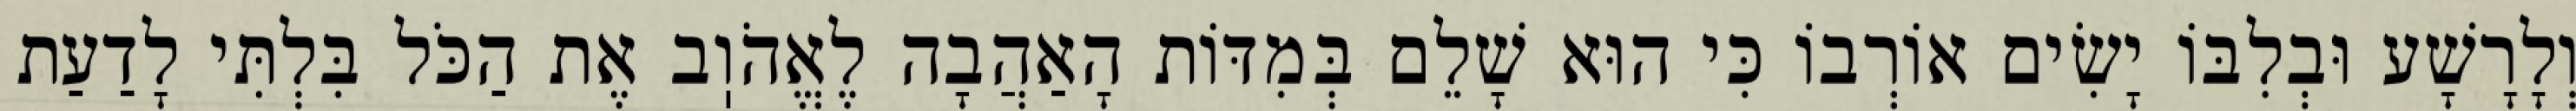
וְלָרָשָׁע וּבְלִבּוֹ יָשִׂים אוֹרְבוֹ כִּי הוּא שָׁלֵם בְּמִדּוֹת הָאַהֲבָה לֶאֱהֹוֽב אֶת הַכֹּל בִּלְתִּי לָדַעַת